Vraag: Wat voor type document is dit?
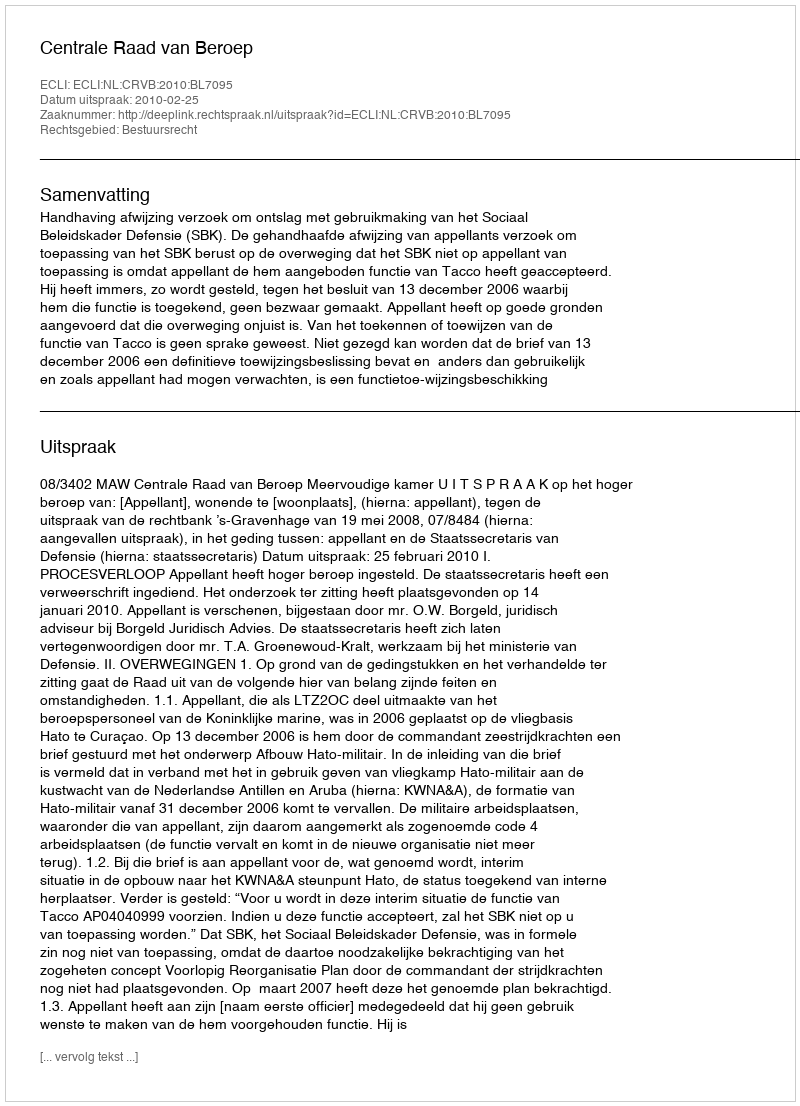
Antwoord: Uitspraak